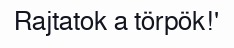
Rajtatok a törpök!'